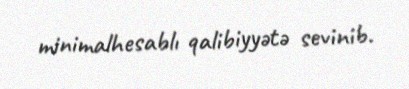
minimalhesablı qalibiyyətə sevinib.